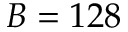
B = 1 2 8